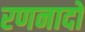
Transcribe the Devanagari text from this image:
रणनादों